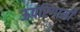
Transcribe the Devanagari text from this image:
ऊपरिगामी